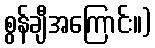
စွန်ချီအကြောင်း။)